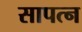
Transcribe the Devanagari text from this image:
सापत्‍न